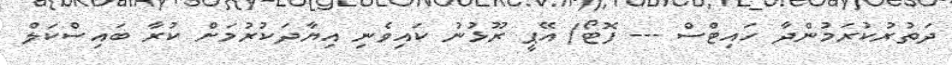
ދަތުރުކުރަމުންދާ ހައިޓްސް --- ފޮޓޯ/ އޭޕީ ރޫޅުނު ކައިވެނި އިޔާދަކުރުމަށް ކުރާ ބައިސްކަލް